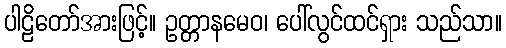
ပါဠိတော်အားဖြင့်။ ဥတ္တာနမေဝ၊ ပေါ်လွင်ထင်ရှား သည်သာ။